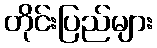
တိုင်းပြည်များ